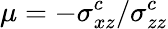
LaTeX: \mu=-\sigma_{xz}^{c}/\sigma_{zz}^{c}